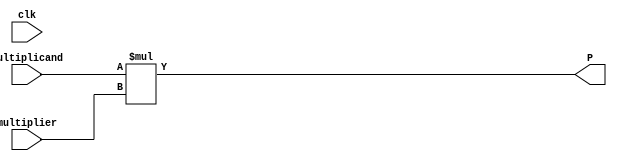
module BoothDataFlow(P,multiplicand,multiplier,clk);

input signed [3:0] multiplicand,multiplier;
input clk;
output reg [7:0] P;
	assign P = multiplicand * multiplier; // for using dedicated multiplier	
endmodule